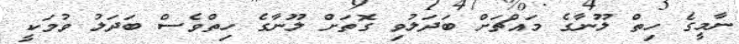
ނާމީގެ ހިތް ލޫނާގެ މައްޗަށް ބަދަލުވި ގޮތަށް ލޫނާގެ ހިތްވެސް ބަދަލު ވުމަކީ